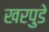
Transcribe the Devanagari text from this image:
खरपुडे